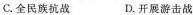
C.全民族抗战 D.开展游击战